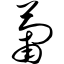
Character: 葡